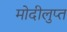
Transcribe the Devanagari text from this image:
मोदीलुप्त